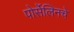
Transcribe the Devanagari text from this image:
पोर्सेलिनचे